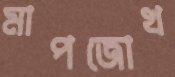
মাপজোখ